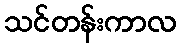
သင်တန်းကာလ